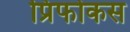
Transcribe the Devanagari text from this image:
प्रिफोकस